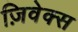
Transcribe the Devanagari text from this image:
ज़िवेक्स